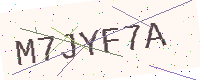
Text: M7JYF7A